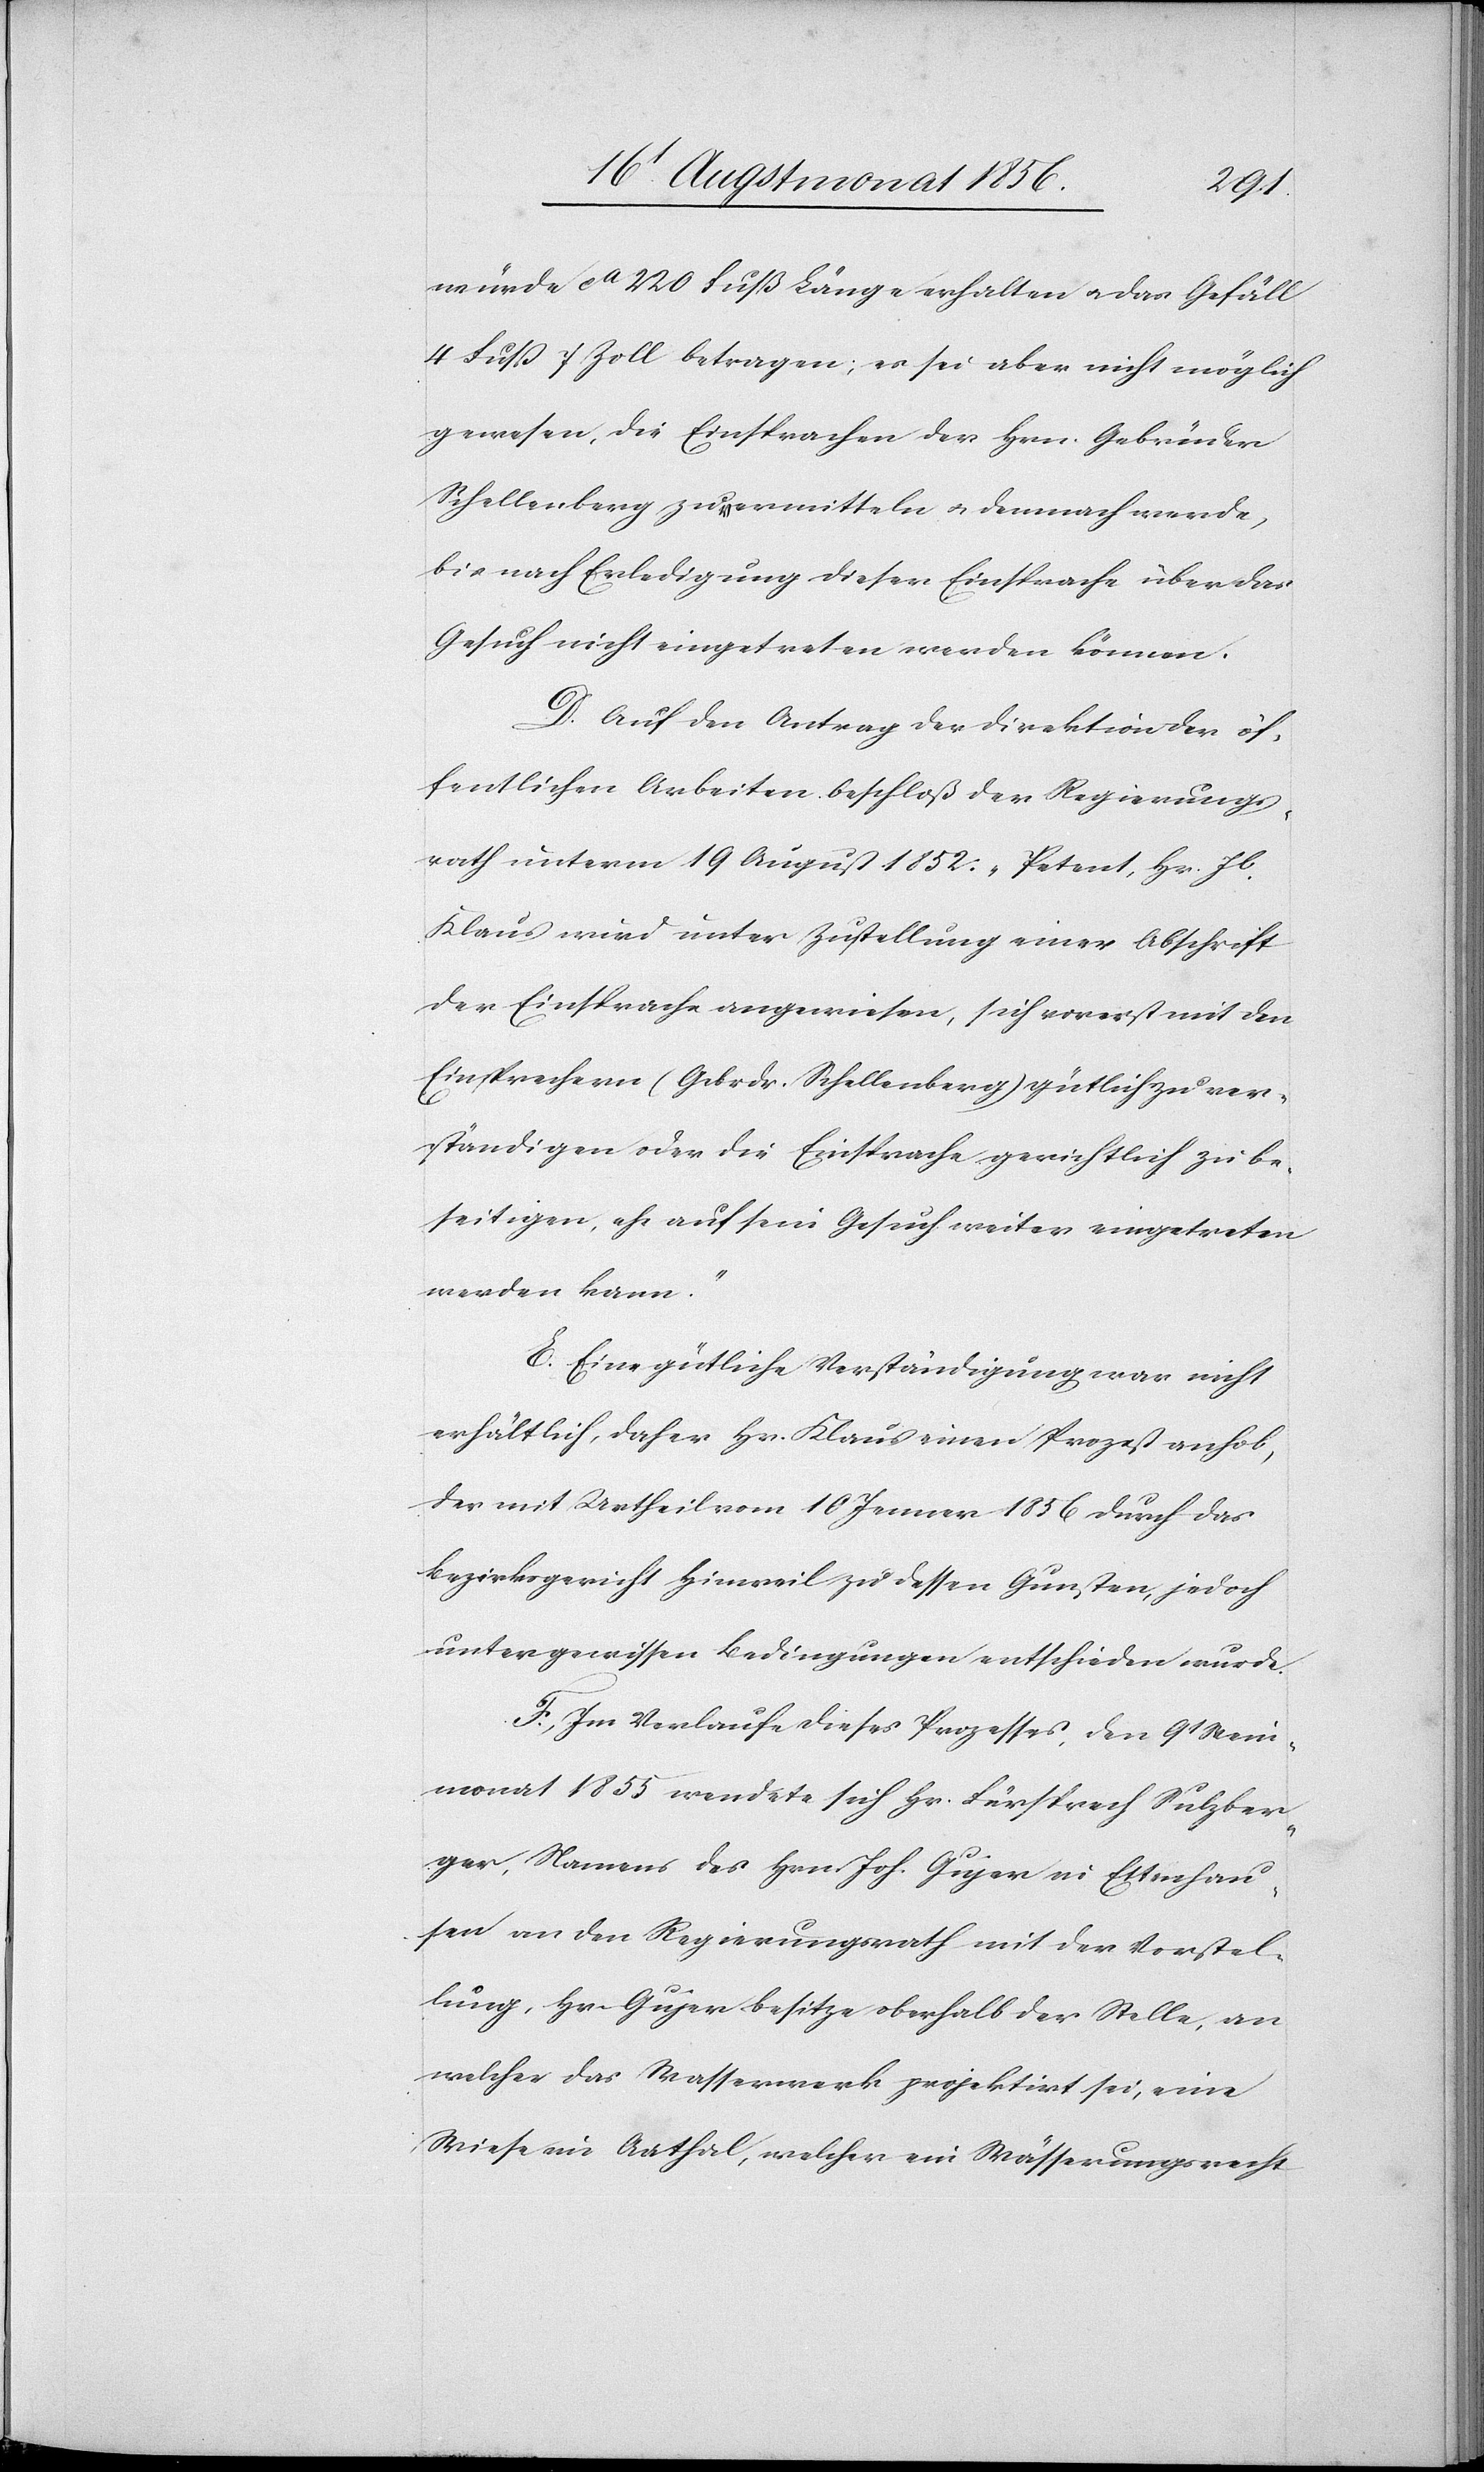
würde ca 220 Fuß Länge erhalten u. das Gefäll
4 Fuss Zoll betragen; es sei aber nicht möglich
gewesen, die Einsprachen der Hrn. Gebrüder
Schellenberg zu ermitteln u. demnach werde,
bis nach Erledigung dieser Einsprache über das
Gesuch nicht eingetreten werden können.
D. Auf den Antrag der Direktion der öf¬
fentlichen Arbeiten beschloß der Regierungs¬
rath unterm 19 August 1852: „Petent, Hr. Jb.
Klaus wird unter Zustellung einer Abschrift
der Einsprache angewiesen, sich vorerst mit den
Einsprechern (Gebrdr. Schellenberg) gütlich zu ver¬
ständigen oder die Einsprache gerichtlich zu be¬
seitigen ehe auf sein Gesuch weiter eingetreten
werden kann.”
E. Eine gütliche Verständigung war nicht
erhältlich, daher Hr. Klaus einen Prozeß anhob,
der mit Urtheil vom 10 Jenner 1856 durch das
Bezirksgericht Hinweil zu dessen Gunsten, jedoch
unter gewissen Bedingungen entschieden wurde.
F. Im Verlaufe dieses Prozesses, den 9t Wein¬
monat 1855 wendete sich Hr. Fürsprech Sulzber¬
ger, Namens des Hrn. Joh. Gujer in Ettenhau¬
sen an den Regierungsrath mit der Vorstel¬
lung, Hr. Gujer besitze oberhalb der Stelle, an
welcher das Wasserwerk projektirt sei, eine
Wiese im Aathal, welcher ein Wässerungsrecht